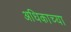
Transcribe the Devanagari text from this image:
अधिकाच्या